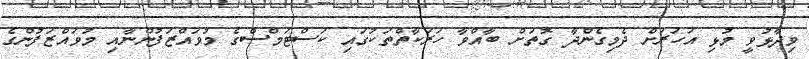
ވިދާޅުވީ މުޅި އަހަރަށް ދެމިގެންދާ ގޮތަށް ބާއްވާ ހަރަކާތްތަކުގައި ކަސްޓަމްސްގެ މުވައްޒަފުންނާއި މުވައްޒަފުންގެ